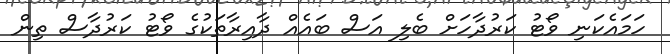
ހަމައެކަނި ވޯޓު ކަރުދާހަށް ބެލި އަސް ބައެއް ދާއިރާތަކުގެ ވޯޓު ކަރުދާސް ތިން